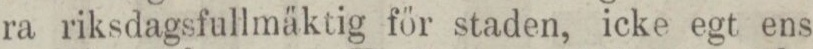
ra riksdagsfullmäktig för staden, icke egt ens